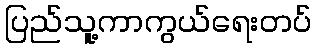
ပြည်သူ့ကာကွယ်ရေးတပ်